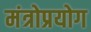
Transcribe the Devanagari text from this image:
मंत्रोप्रयोग